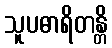
သူပဓာရိတန္တိ